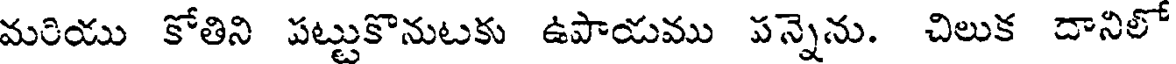
మరియు కోతిని పట్టుకొనుటకు ఉపాయము పన్నెను. చిలుక దానిలో